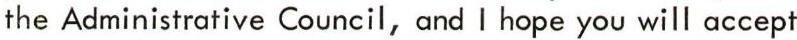
the Administrative Council, and I hope you will accept